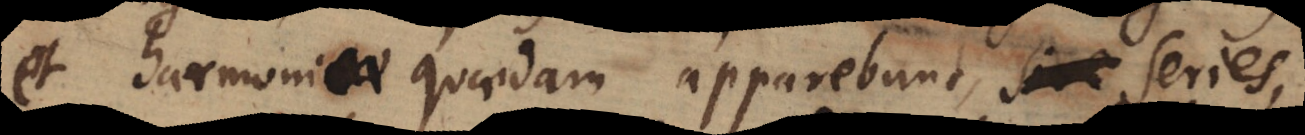
et harmonicae quaedam apparebunt sive series,